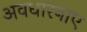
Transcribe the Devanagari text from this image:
अवधारनाए